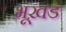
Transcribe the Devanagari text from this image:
भूख़ड